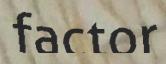
factor